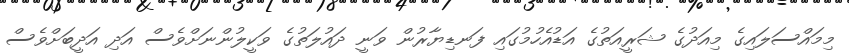
މިމައްސަލައިގެ މިއަދުގެ ޝަރީއަތުގެ އަޑުއެހުމުގައި ފަނޑިޔާރުން ވަނީ ދައުލަތުގެ ވަކީލުންނަށްވެސް އަދި އަދީބަށްވެސް